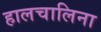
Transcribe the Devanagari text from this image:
हालचालिना